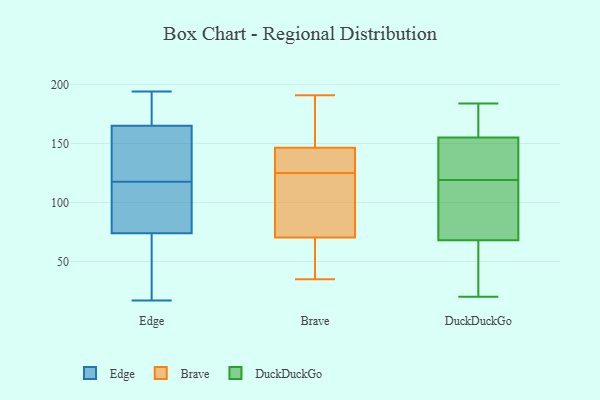
{"axis": {"x": "Active Users", "y": "Value"}, "legend": ["Brave", "DuckDuckGo", "Edge"], "data": [{"x": "", "y": 74, "type": "Edge"}, {"x": "", "y": 172, "type": "Edge"}, {"x": "", "y": 180, "type": "Edge"}, {"x": "", "y": 17, "type": "Edge"}, {"x": "", "y": 194, "type": "Edge"}, {"x": "", "y": 80, "type": "Edge"}, {"x": "", "y": 115, "type": "Edge"}, {"x": "", "y": 165, "type": "Edge"}, {"x": "", "y": 34, "type": "Edge"}, {"x": "", "y": 43, "type": "Edge"}, {"x": "", "y": 160, "type": "Edge"}, {"x": "", "y": 106, "type": "Edge"}, {"x": "", "y": 154, "type": "Edge"}, {"x": "", "y": 120, "type": "Edge"}, {"x": "", "y": 76, "type": "Brave"}, {"x": "", "y": 129, "type": "Brave"}, {"x": "", "y": 71, "type": "Brave"}, {"x": "", "y": 174, "type": "Brave"}, {"x": "", "y": 70, "type": "Brave"}, {"x": "", "y": 191, "type": "Brave"}, {"x": "", "y": 130, "type": "Brave"}, {"x": "", "y": 52, "type": "Brave"}, {"x": "", "y": 186, "type": "Brave"}, {"x": "", "y": 35, "type": "Brave"}, {"x": "", "y": 125, "type": "Brave"}, {"x": "", "y": 108, "type": "Brave"}, {"x": "", "y": 128, "type": "Brave"}, {"x": "", "y": 125, "type": "Brave"}, {"x": "", "y": 152, "type": "Brave"}, {"x": "", "y": 60, "type": "Brave"}, {"x": "", "y": 162, "type": "Brave"}, {"x": "", "y": 52, "type": "Brave"}, {"x": "", "y": 72, "type": "Brave"}, {"x": "", "y": 28, "type": "DuckDuckGo"}, {"x": "", "y": 124, "type": "DuckDuckGo"}, {"x": "", "y": 169, "type": "DuckDuckGo"}, {"x": "", "y": 114, "type": "DuckDuckGo"}, {"x": "", "y": 69, "type": "DuckDuckGo"}, {"x": "", "y": 184, "type": "DuckDuckGo"}, {"x": "", "y": 155, "type": "DuckDuckGo"}, {"x": "", "y": 136, "type": "DuckDuckGo"}, {"x": "", "y": 68, "type": "DuckDuckGo"}, {"x": "", "y": 20, "type": "DuckDuckGo"}]}